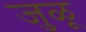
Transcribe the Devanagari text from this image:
जुळू